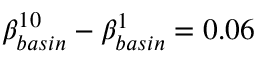
\beta _ { b a s i n } ^ { 1 0 } - \beta _ { b a s i n } ^ { 1 } = 0 . 0 6